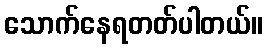
သောက်နေရတတ်ပါတယ်။